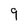
Character: g